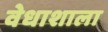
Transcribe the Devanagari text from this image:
वेधाशाला